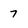
Character: 7